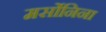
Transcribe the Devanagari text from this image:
मर्सोनिना